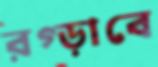
রগ্‌ড়াবে